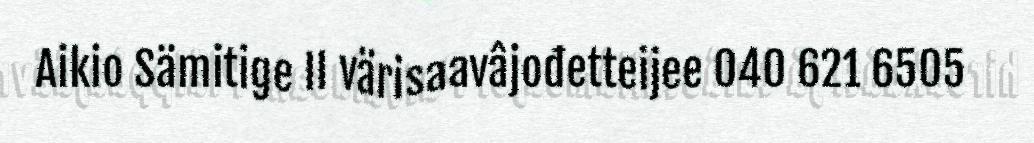
Aikio Sämitige II värisaavâjođetteijee 040 621 6505